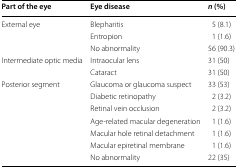
<table><thead><tr><td><b>Part of the eye</b></td><td><b>Eye disease</b></td><td><b><i>n</i> (%)</b></td></tr></thead><tbody><tr><td rowspan="3">External eye</td><td>Blepharitis</td><td>5 (8.1)</td></tr><tr><td>Entropion</td><td>1 (1.6)</td></tr><tr><td>No abnormality</td><td>56 (90.3)</td></tr><tr><td rowspan="2">Intermediate optic media</td><td>Intraocular lens</td><td>31 (50)</td></tr><tr><td>Cataract</td><td>31 (50)</td></tr><tr><td rowspan="7">Posterior segment</td><td>Glaucoma or glaucoma suspect</td><td>33 (53)</td></tr><tr><td>Diabetic retinopathy</td><td>2 (3.2)</td></tr><tr><td>Retinal vein occlusion</td><td>2 (3.2)</td></tr><tr><td>Age-related macular degeneration</td><td>1 (1.6)</td></tr><tr><td>Macular hole retinal detachment</td><td>1 (1.6)</td></tr><tr><td>Macular epiretinal membrane</td><td>1 (1.6)</td></tr><tr><td>No abnormality</td><td>22 (35)</td></tr></tbody></table>